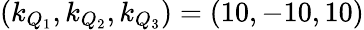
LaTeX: (k_{Q_{1}},k_{Q_{2}},k_{Q_{3}})=(10,-10,10)